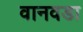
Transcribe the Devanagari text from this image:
वानवडा